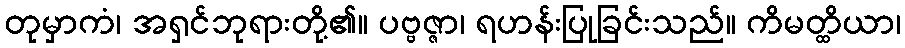
တုမှာကံ၊ အရှင်ဘုရားတို့၏။ ပဗ္ဗဇ္ဇာ၊ ရဟန်းပြုခြင်းသည်။ ကိမတ္ထိယာ၊